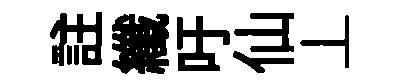
註纖吁仙丄